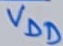
Text: VDD